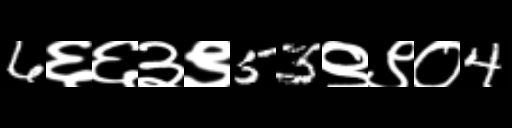
Text: 6६६३९53९९०4